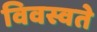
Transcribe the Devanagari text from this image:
विवस्वते